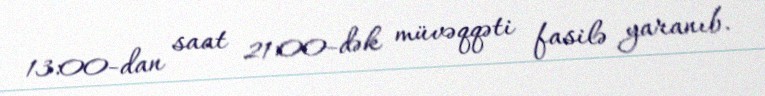
13:00-dan saat 21:00-dək müvəqqəti fasilə yaranıb.